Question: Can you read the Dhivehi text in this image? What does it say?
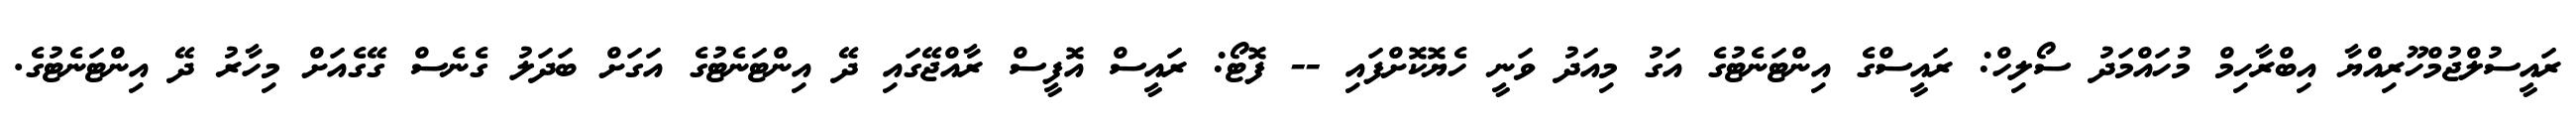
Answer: ރައީސުލްޖުމްހޫރިއްޔާ އިބްރާހިމް މުހައްމަދު ސޯލިހް: ރައީސްގެ އިންޓަނެޓުގެ އަގު މިއަދު ވަނީ ހެޔޮކޮށްފައި -- ފޮޓޯ: ރައީސް އޮފީސް ރާއްޖޭގައި ދޭ އިންޓަނެޓުގެ އަގަށް ބަދަލު ގެނެސް ގޭގެއަށް މިހާރު ދޭ އިންޓަނެޓުގެ.